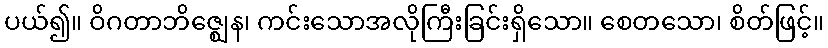
ပယ်၍။ ဝိဂတာဘိဇ္ဈေန၊ ကင်းသောအလိုကြီးခြင်းရှိသော။ စေတသော၊ စိတ်ဖြင့်။